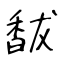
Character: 馛